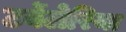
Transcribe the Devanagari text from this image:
टर्बेलेरिया